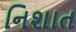
નિશાત